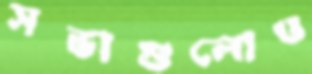
সভাগুলোও